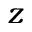
z